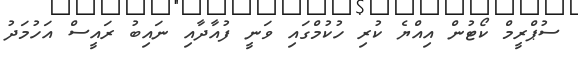
ސުޕްރީމް ކޯޓުން އިއްޔެ ކުރި ހުކުމްގައި ވަނީ ފުއާދާއި ނައިބު ރައީސް އަހުމަދު